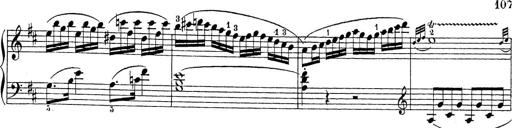
Title: Sonatina Album
Composer: Louis KÃ¶hler